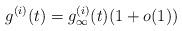
LaTeX: \begin{align*}g^{(i)}(t)=g_\infty^{(i)}(t)(1+o(1))\end{align*}